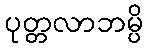
ပုတ္တလာဘမ္ပိ